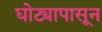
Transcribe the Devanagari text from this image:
घोट्यापासून